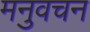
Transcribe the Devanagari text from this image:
मनुवचन